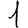
Digit: 1